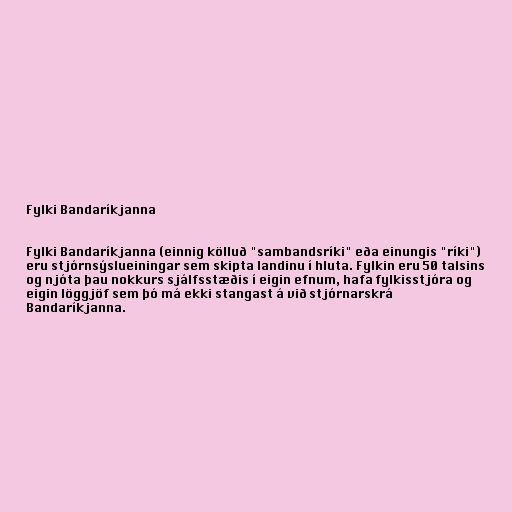
Fylki Bandaríkjanna

Fylki Bandaríkjanna (einnig kölluð "sambandsríki" eða einungis "ríki")
eru stjórnsýslueiningar sem skipta landinu í hluta. Fylkin eru 50 talsins
og njóta þau nokkurs sjálfsstæðis í eigin efnum, hafa fylkisstjóra og
eigin löggjöf sem þó má ekki stangast á við stjórnarskrá
Bandaríkjanna.